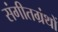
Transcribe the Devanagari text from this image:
संगीतग्रंथों